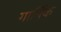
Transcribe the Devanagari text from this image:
गार्भिक